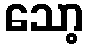
သော့